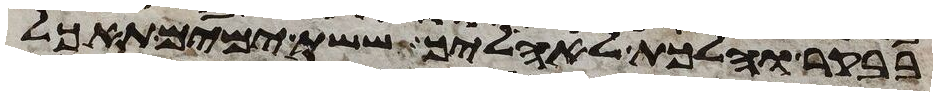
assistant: בבקר והלכת לאהליך ששת ימים תאכל